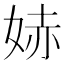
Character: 𫰭